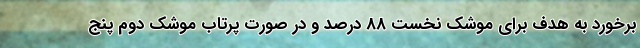
برخورد به هدف برای موشک نخست 88 درصد و در صورت پرتاب موشک دوم پنج